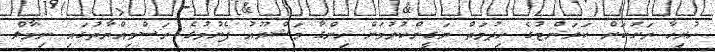
ހުރިހާ ރަށަކަށް ކަރަންޓުގެ ހިދުމަތް ޔަގީންކުރުމަށް ހިންގާ މަޝްރޫއު ފެށުމުގެ ރަސްމިއްޔާތުގައި ނިމާލް